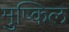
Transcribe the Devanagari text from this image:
मुष्किल